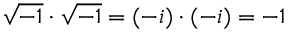
{ \sqrt { - 1 } } \cdot { \sqrt { - 1 } } = ( - i ) \cdot ( - i ) = - 1